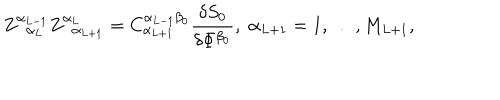
LaTeX: Z _ { \; \; \alpha _ { L } } ^ { \alpha _ { L - 1 } } Z _ { \; \; \alpha _ { L + 1 } } ^ { \alpha _ { L } } = C _ { \alpha _ { L + 1 } } ^ { \alpha _ { L - 1 } \beta _ { 0 } } \frac { \delta S _ { 0 } } { \delta \Phi ^ { \beta _ { 0 } } } , \; \alpha _ { L + 1 } = 1 , \ldots , M _ { L + 1 } ,